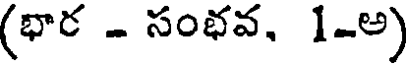
(భార - సంభవ, 1-అ)